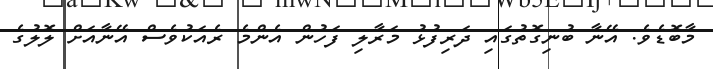
މާބޮޑެވެ. އޭނާ ބުނިގޮތުގައި ދަރިފުޅު މަރާލި ފަހުން އެންމެ ރެއަކުވެސް އޭނާއަށް ލޮލުގެ